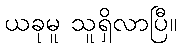
ယခုမူ သူရှိလာပြီ။